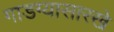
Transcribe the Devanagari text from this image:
गाडग्यासारखे